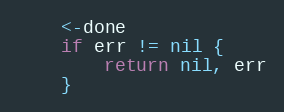
Language: Go
	<-done
	if err != nil {
		return nil, err
	}